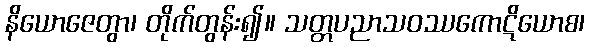
နိယောဇေတွာ၊ တိုက်တွန်း၍။ သတ္တပညာသဝဿကောဋိယောစ၊